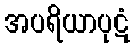
အပရိယာပုဋံ